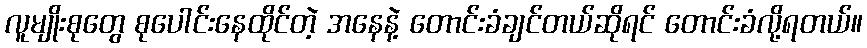
လူမျိုးစုတွေ စုပေါင်းနေထိုင်တဲ့ အနေနဲ့ တောင်းခံချင်တယ်ဆိုရင် တောင်းခံလို့ရတယ်။